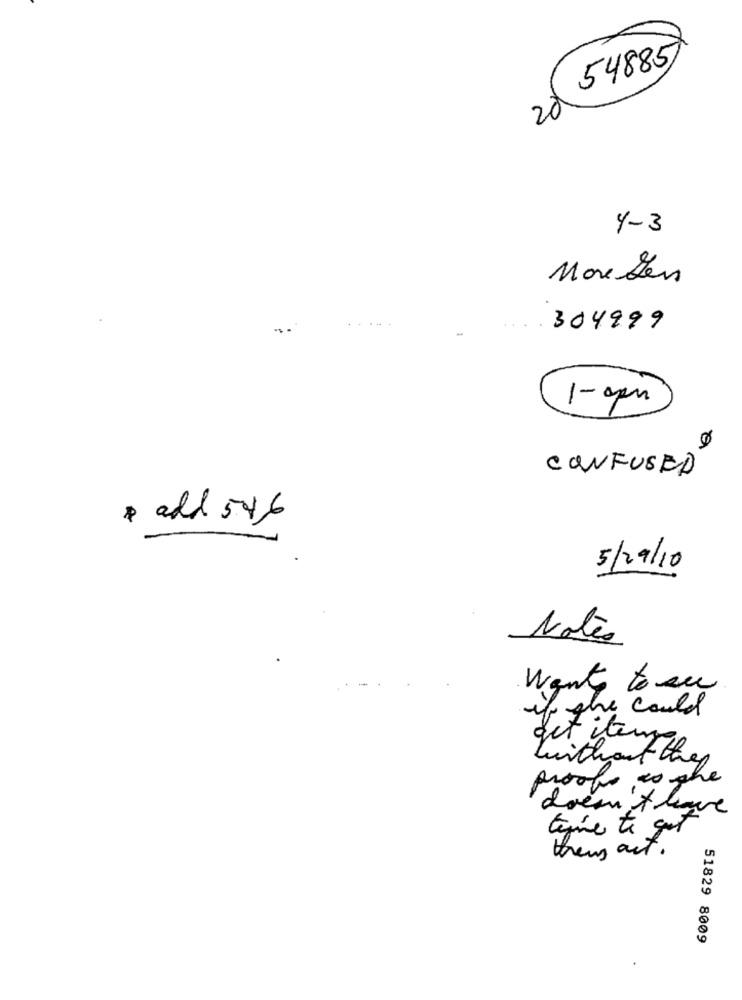
54885
20
4-3
More Len
304999
1-apr
CONFUSED
& add 546
5/29/10
Notes
want to see
if the could
get itemp
without thep
proofs to phe
doem t have
terre to get
theus out .
51829 8009